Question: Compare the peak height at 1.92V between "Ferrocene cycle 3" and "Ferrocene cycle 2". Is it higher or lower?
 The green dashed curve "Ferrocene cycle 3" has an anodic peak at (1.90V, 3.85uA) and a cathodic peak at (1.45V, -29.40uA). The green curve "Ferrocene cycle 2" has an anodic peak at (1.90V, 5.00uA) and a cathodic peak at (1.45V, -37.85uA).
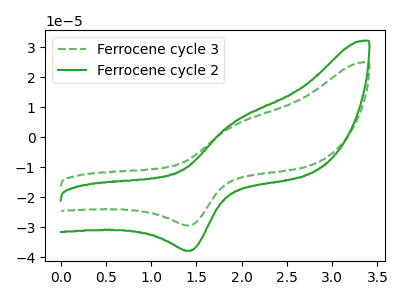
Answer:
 <answer>The peak at 1.92V is lower in "Ferrocene cycle 3" than in "Ferrocene cycle 2".</answer>
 <eval>lower</eval>